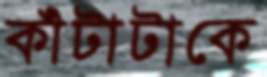
কাঁটাটাকে